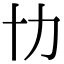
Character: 㔹